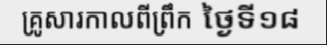
គ្រូសារកាលពីព្រឹក ថ្ងៃទី១៨